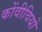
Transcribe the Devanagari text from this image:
कोंवीवियो